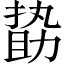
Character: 𠢞